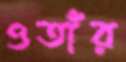
ওতাঁর